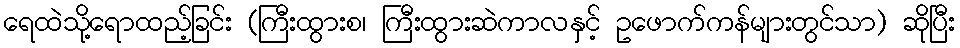
ရေထဲသို့ရောထည့်ခြင်း (ကြီးထွားစ၊ ကြီးထွားဆဲကာလနှင့် ဥဖောက်ကန်များတွင်သာ) ဆိုပြီး